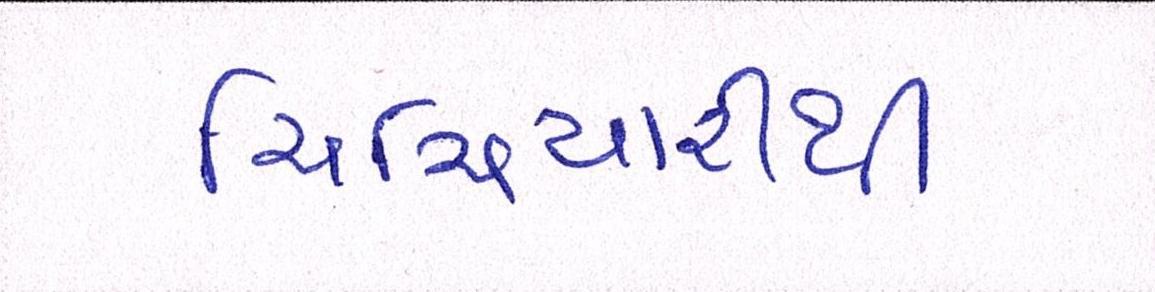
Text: ચિચિયારીથી